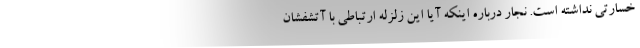
خسارتی نداشته است. نجار درباره اینکه آیا این زلزله ارتباطی با آتشفشان